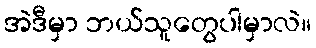
အဲဒီမှာ ဘယ်သူတွေပါမှာလဲ။